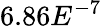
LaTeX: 6.86E^{-7}